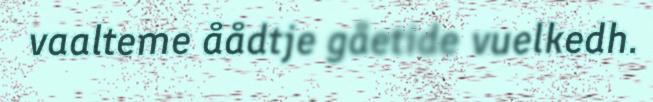
vaalteme åådtje gåetide vuelkedh.